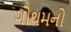
ગોથમનો